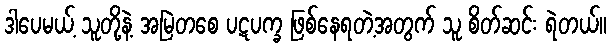
ဒါပေမယ့် သူတို့နဲ့ အမြဲတစေ ပဋပက္ခ ဖြစ်နေရတဲ့အတွက် သူ စိတ်ဆင်း ရဲတယ်။